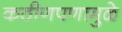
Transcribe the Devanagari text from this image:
कठीणपणामुळे